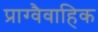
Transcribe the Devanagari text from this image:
प्राग्वैवाहिक